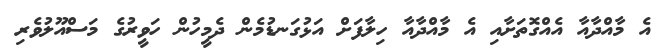
އެ މާއްދާއާ އެއްގޮތަށާއި އެ މާއްދާއާ ހިލާފަށް އަޅުގަނޑުމެން ދެމީހުން ހަވީރުގެ މަސްއޫލުވެރި